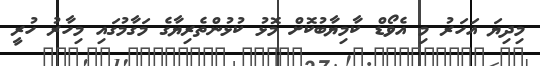
މިދިޔަ އަހަރު މި އެވޯޑް ކާމިޔާބުކޮށް މޮޅު ކުޅުންތެރިޔާގެ މަގާމުގައި މިހާރު ހުރީ